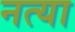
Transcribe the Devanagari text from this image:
नत्या